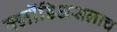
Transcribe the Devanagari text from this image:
क्लॉडिअसलाच